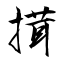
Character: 搑